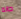
حالة